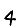
Digit: 4